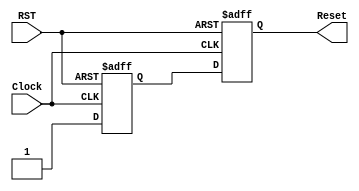
`default_nettype none
// Asynchronous reset, synchronous release
module rst_recover(
   input Clock,
   input RST,
   output reg Reset
   );

   reg mid;
   always @(posedge Clock or negedge RST)
      if (~RST)
         begin
            mid <= 1'b0;
            Reset <= 1'b0;
         end
      else
         begin
            mid <= 1'b1;
            Reset <= mid;
         end

endmodule